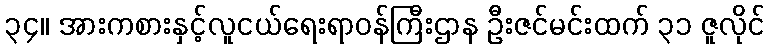
၃၄။ အားကစားနှင့်လူငယ်ရေးရာဝန်ကြီးဌာန ဦးဇင်မင်းထက် ၃၁ ဇူလိုင်